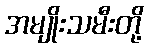
အမျိုးသမီးတို့